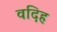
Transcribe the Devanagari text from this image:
वदिह